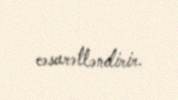
cəsarətləndirir.